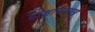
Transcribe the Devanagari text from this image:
द्राक्षासारखे